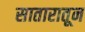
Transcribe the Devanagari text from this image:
सातारातून